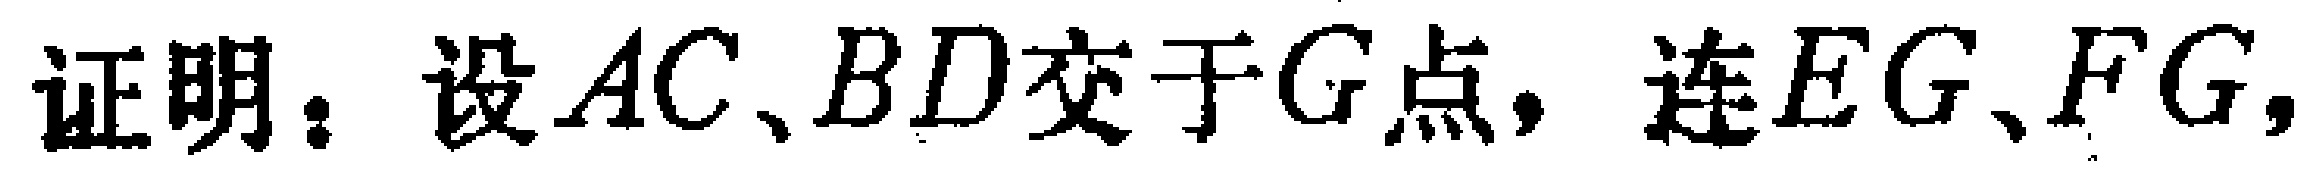
证明：设$AC、BD$交于$G$点，连$EG、FG,$